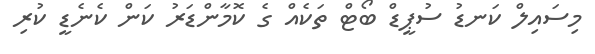
މިސައިލް ކަނޑު ސުޕީޑް ބޯޓް ތަކެއް ގެ ކޮމާންޑަރު ކަން ކެނެޑީ ކުރި